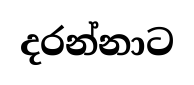
දරන්නාට